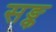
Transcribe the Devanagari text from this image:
सङ्क